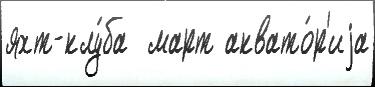
яхт-клу́ба  март аквато́р'иjа